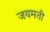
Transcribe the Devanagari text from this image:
जयमती